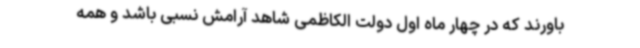
باورند که در چهار ماه اول دولت الکاظمی شاهد آرامش نسبی باشد و همه